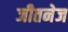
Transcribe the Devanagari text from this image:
जीतनेज